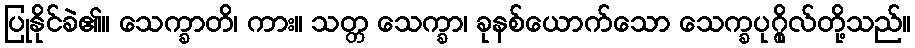
ပြုနိုင်ခဲ၏။ သေက္ခာတိ၊ ကား။ သတ္တ သေက္ခာ၊ ခုနစ်ယောက်သော သေက္ခပုဂ္ဂိုလ်တို့သည်။